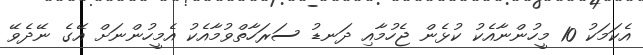
އެކަމަކު 10 މީހުންނާއެކު ކުޅެން ޖެހުމާއި ދަނޑު ސަރަހާތްވުމާއެކު އެމީހުންނަށް އޭގެ ނޭދެވޭ